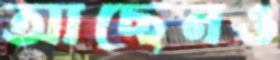
আছেনও